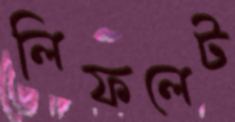
লিফলেট